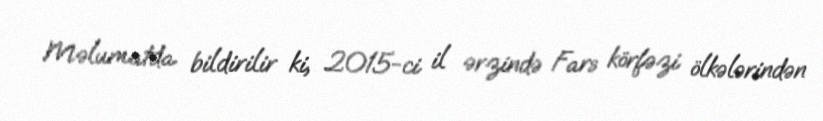
Məlumatda bildirilir ki, 2015-ci il ərzində Fars körfəzi ölkələrindən